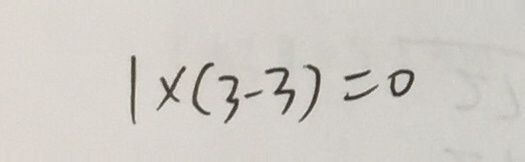
1 \times ( 3 - 3 ) = 0